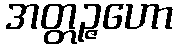
အတ္တဉ္ဇဟော